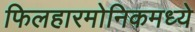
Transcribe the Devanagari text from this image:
फिलहारमोनिकमध्ये